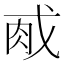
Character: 𫻯